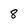
Character: 8